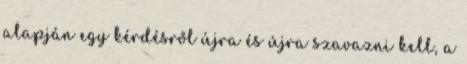
alapján egy kérdésről újra és újra szavazni kell, a